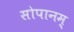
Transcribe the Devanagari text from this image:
सोपानम्